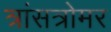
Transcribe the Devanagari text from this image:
त्रांसत्रोमर